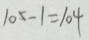
1 0 5 - 1 = 1 0 4